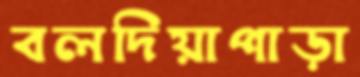
বলদিয়াপাড়া